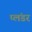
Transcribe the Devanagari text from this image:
प्लंडर